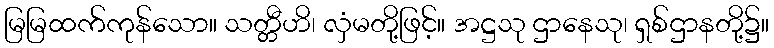
မြမြထက်ကုန်သော။ သတ္တီဟိ၊ လှံမတို့ဖြင့်။ အဋ္ဌသု ဌာနေသု၊ ရှစ်ဌာနတို့၌။